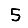
Digit: 5